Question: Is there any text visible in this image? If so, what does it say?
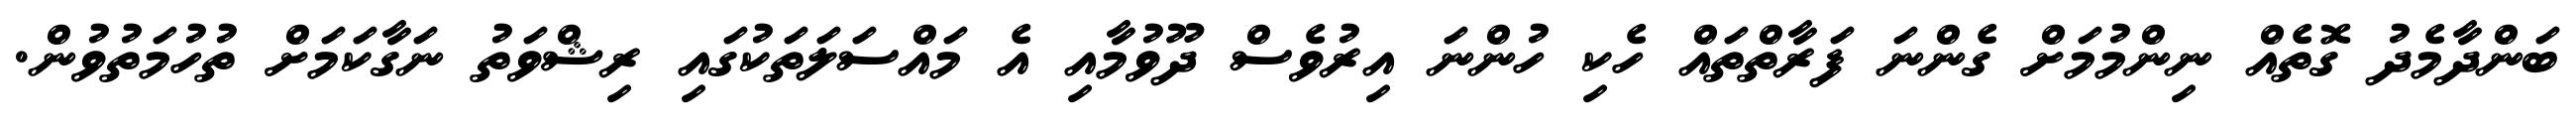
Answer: ބަންދާމެދު ގޮތެއް ނިންމުމަށް ގެންނަ ފަރާތްތައް ހެކި ހުންނަ އިރުވެސް ދޫވުމާއި އެ މައްސަލަތަކުގައި ރިޝްވަތު ނަގާކަމަށް ތުހުމަތުވުން.